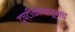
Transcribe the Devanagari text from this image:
दृष्टीकोनातूनच